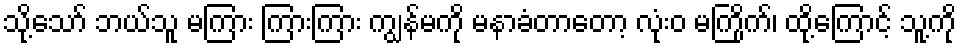
သို့သော် ဘယ်သူ မကြား ကြားကြား ကျွန်မကို မနာခံတာတော့ လုံးဝ မကြိုက်၊ ထို့ကြောင့် သူ့ကို